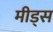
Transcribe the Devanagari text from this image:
मीड्स